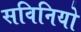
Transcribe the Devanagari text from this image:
सविनियो